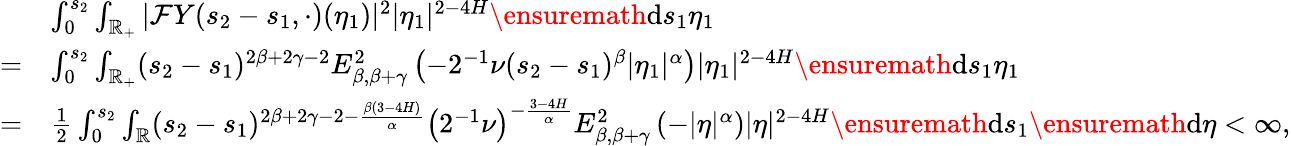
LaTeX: \begin{array}{rl}&{\int_{0}^{s_{2}}\int_{\mathbb{R}_{+}}|\mathcal{F}Y(s_{2}-s_{1},\cdot)(\eta_{1})|^{2}|\eta_{1}|^{2-4H}\ensuremath{\mathrm{d}}s_{1}\eta_{1}}\\ {=}&{\int_{0}^{s_{2}}\int_{\mathbb{R}_{+}}(s_{2}-s_{1})^{2\beta+2\gamma-2}E_{\beta,\beta+\gamma}^{2}\left(-2^{-1}\nu(s_{2}-s_{1})^{\beta}|\eta_{1}|^{\alpha}\right)|\eta_{1}|^{2-4H}\ensuremath{\mathrm{d}}s_{1}\eta_{1}}\\ {=}&{\frac{1}{2}\int_{0}^{s_{2}}\int_{\mathbb{R}}(s_{2}-s_{1})^{2\beta+2\gamma-2-\frac{\beta(3-4H)}{\alpha}}\left(2^{-1}\nu\right)^{-\frac{3-4H}{\alpha}}E_{\beta,\beta+\gamma}^{2}\left(-|\eta|^{\alpha}\right)|\eta|^{2-4H}\ensuremath{\mathrm{d}}s_{1}\ensuremath{\mathrm{d}}\eta<\infty,}\end{array}